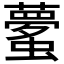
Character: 𲀎